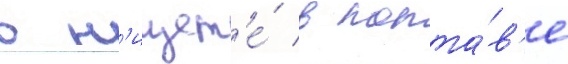
в н'ищет'е́ в полта́в'е